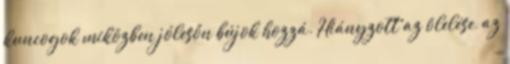
kuncogok miközben jólesőn bújok hozzá. Hiányzott az ölelése, az